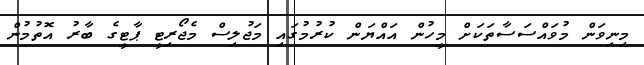
މިނިވަން މުވައްސަސާތަކަށް މީހުން އައްޔަން ކުރުމުގައި މަޖުލިސް މެޖޯރިޓީ ޕާޓީގެ ބާރު އޮތުމުން